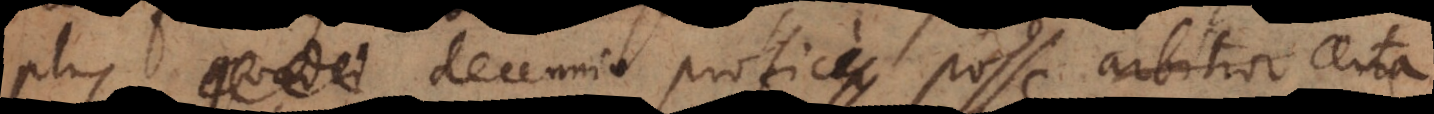
plus quadri decennio profici posse arbitror, certa